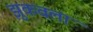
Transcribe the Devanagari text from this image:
झुकवला